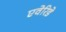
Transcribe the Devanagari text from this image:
एवेरिडे